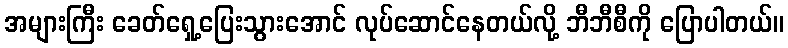
အများကြီး ခေတ်ရှေ့ပြေးသွားအောင် လုပ်ဆောင်နေတယ်လို့ ဘီဘီစီကို ပြောပါတယ်။